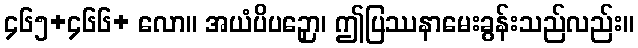
၄၆၅+၄၆၆+ လော။ အယံပိပဉှော၊ ဤပြဿနာမေးခွန်းသည်လည်း။